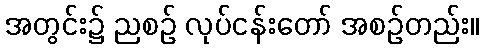
အတွင်း၌ ညစဉ် လုပ်ငန်းတော် အစဉ်တည်း။